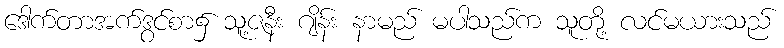
ဒေါက်တာအက်ဒွင်စာ၌ သူ့ဇနီး ဂျိန်း နာမည် မပါသည်က သူတို့ လင်မယားသည်